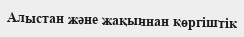
Алыстан және жақыннан көргіштік